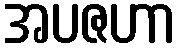
အပဇဟာ